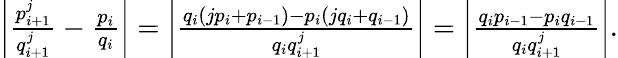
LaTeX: \begin{array}{r}{\left|\frac{p_{i+1}^{j}}{q_{i+1}^{j}}-\frac{p_{i}}{q_{i}}\right|=\left|\frac{q_{i}(jp_{i}+p_{i-1})-p_{i}(jq_{i}+q_{i-1})}{q_{i}q_{i+1}^{j}}\right|=\left|\frac{q_{i}p_{i-1}-p_{i}q_{i-1}}{q_{i}q_{i+1}^{j}}\right|.}\end{array}